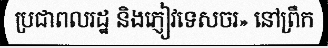
ប្រជាពលរដ្ឋ និងភ្ញៀវទេសចរ» នៅព្រឹក